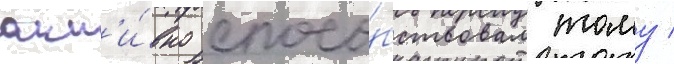
акт'и́вно спосо́бствовал тому /